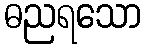
ဓညရသော